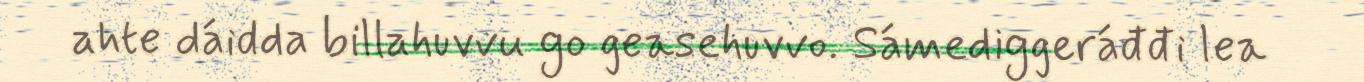
ahte dáidda billahuvvu go geasehuvvo. Sámediggeráđđi lea